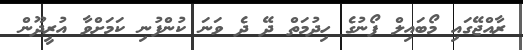
ރާއްޖޭގައި މޯބައިލް ފޯނުގެ ހިދުމަތް ދޭ ދެ ވަނަ ކުންފުނި ކަމަށްވާ އުރީދޫން